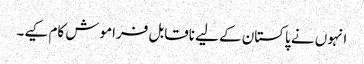
انہوں نے پاکستان کے لیے ناقابل فراموش کام کیے۔